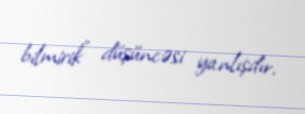
bilmirik” düşüncəsi yanlışdır.